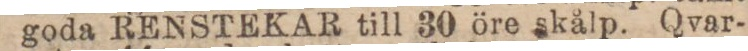
goda RENSTEKAR till 30 öre skålp. Qvar-